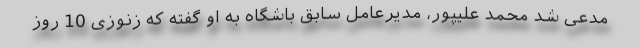
مدعی شد محمد علیپور، مدیرعامل سابق باشگاه به او گفته که زنوزی 10 روز